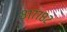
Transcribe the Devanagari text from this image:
८१७७८२